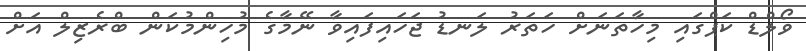
ވޯލްޑް ކަޕްގައި މިހާތަނަށް ހަތަރު ލަނޑު ޖަހައިފައިވާ ނޭމާގެ މުހިންމުކަން ބްރެޒިލް އަށް